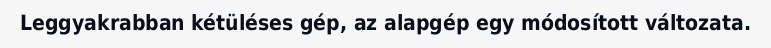
Leggyakrabban kétüléses gép, az alapgép egy módosított változata.